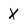
Character: X